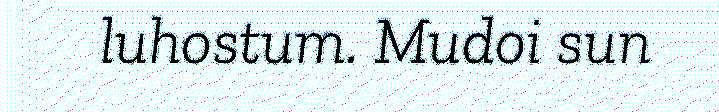
luhostum. Mudoi sun